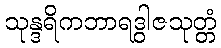
သုန္ဒရိကဘာရဒွါဇသုတ္တံ